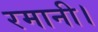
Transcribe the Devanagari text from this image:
रमानी।